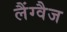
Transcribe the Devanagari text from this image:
लैंग्वैज